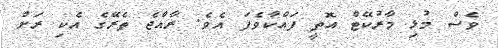
ވެސް މުޅި މާރުކޭޓް އޮތީ ފައްކާވެފަ އެވެ. ރާއްޖެ ތެރޭގެ އެކި ރަށް